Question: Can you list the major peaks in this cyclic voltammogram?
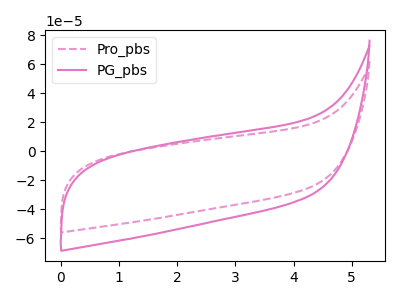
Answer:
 <answer>The pink dashed curve "Pro_pbs" has no peaks. The pink curve "PG_pbs" has no peaks.</answer>
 <eval></eval>